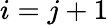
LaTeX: i=j+1